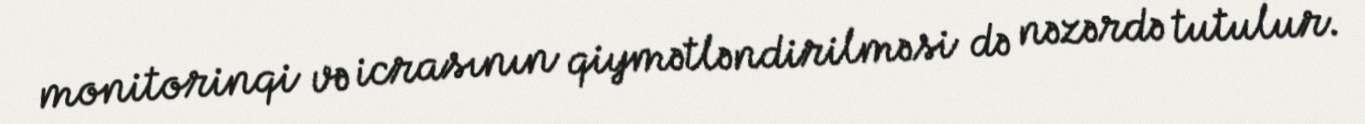
monitorinqi və icrasının qiymətləndirilməsi də nəzərdə tutulur.